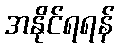
အနိုင်ရရန်